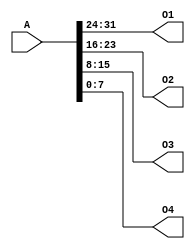
`timescale 1ns / 1ps
//////////////////////////////////////////////////////////////////////////////////
// Company: 
// Engineer: 
// 
// Design Name: 
// Module Name:    splitter 
// Project Name: 
// Target Devices: 
// Tool versions: 
// Description: 
//
// Dependencies: 
//
// Revision: 
// Revision 0.01 - File Created
// Additional Comments: 
//
//////////////////////////////////////////////////////////////////////////////////
module splitter(
    input [31:0] A,
    output [7:0] O1,
    output [7:0] O2,
    output [7:0] O3,
    output [7:0] O4
    );
	 assign O1 = A[31:24];
	 assign O2 = A[23:16];
	 assign O3 = A[15:8];
	 assign O4 = A[7:0];
	
endmodule